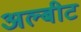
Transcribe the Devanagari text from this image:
अल्बीट